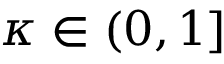
\kappa \in ( 0 , 1 ]